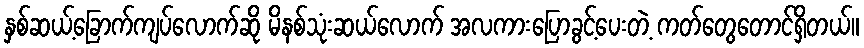
နှစ်ဆယ့်ခြောက်ကျပ်လောက်ဆို မိနစ်သုံးဆယ်လောက် အလကားပြောခွင့်ပေးတဲ့ ကတ်တွေတောင်ရှိတယ်။